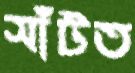
সাঁটত